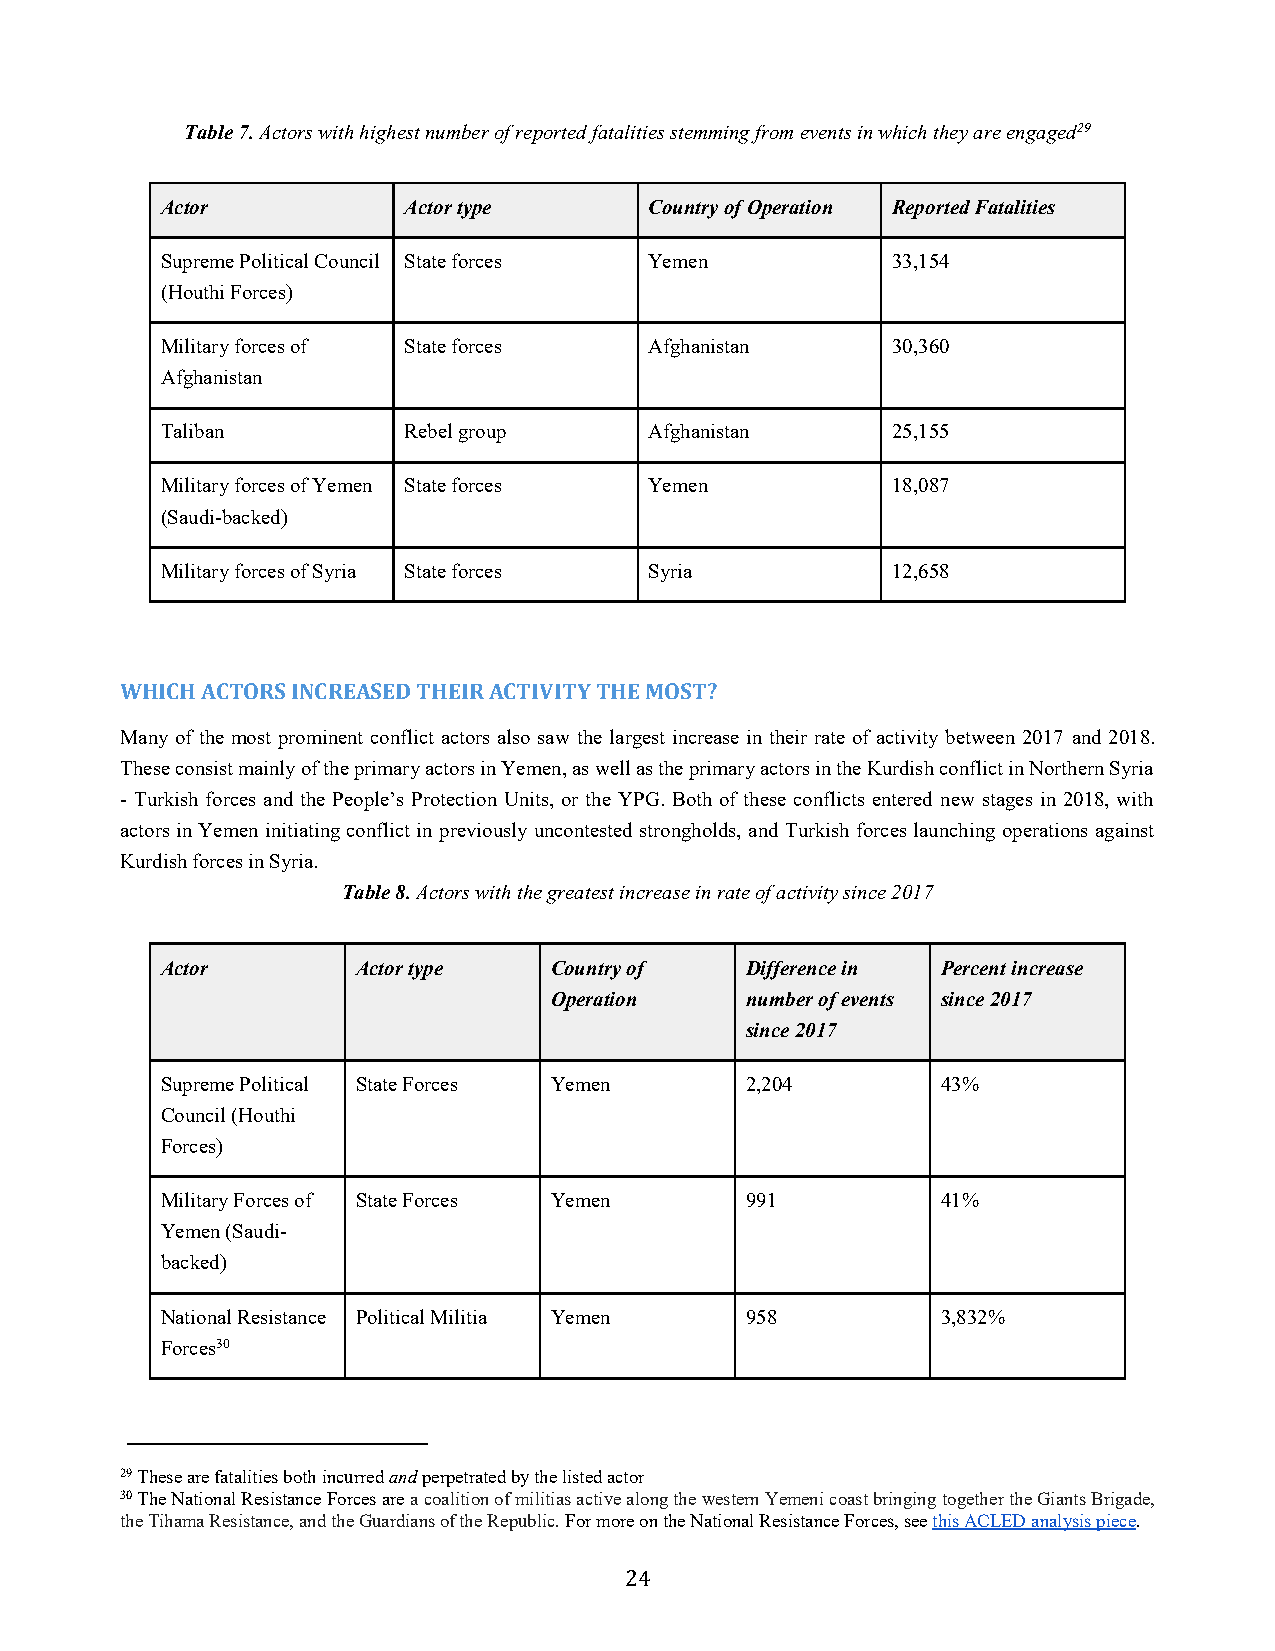
Table 7. Actors with highest number of reported fatalities stemming from events in which they are engaged29
 Actor           Actor type      Country of Operation Reported Fatalities
 Supreme Political Council State forces Yemen    33,154
 (Houthi Forces)
 Military forces of State forces Afghanistan     30,360
 Afghanistan
 Taliban         Rebel group     Afghanistan     25,155
 Military forces of Yemen State forces Yemen     18,087
 (Saudi-backed)
 Military forces of Syria State forces Syria     12,658
 WHICH ACTORS INCREASED THEIR ACTIVITY THE MOST?
 Many of the most prominent conflict actors also saw the largest increase in their rate of activity between 2017 and 2018.
 These consist mainly of the primary actors in Yemen, as well as the primary actors in the Kurdish conflict in Northern Syria
 - Turkish forces and the People’s Protection Units, or the YPG. Both of these conflicts entered new stages in 2018, with
 actors in Yemen initiating conflict in previously uncontested strongholds, and Turkish forces launching operations against
 Kurdish forces in Syria.
 Table 8. Actors with the greatest increase in rate of activity since 2017
 Actor        Actor type  Country of   Difference in Percent increase
 Operation    number of events since 2017
 since 2017
 Supreme Political State Forces Yemen  2,204        43%
 Council (Houthi
 Forces)
 Military Forces of State Forces Yemen 991          41%
 Yemen (Saudi-
 backed)
 National Resistance Political Militia Yemen 958    3,832%
 Forces30
 29 These are fatalities both incurred and perpetrated by the listed actor
 30 The National Resistance Forces are a coalition of militias active along the western Yemeni coast bringing together the Giants Brigade,
 the Tihama Resistance, and the Guardians of the Republic. For more on the National Resistance Forces, see this ACLED analysis piece.
 24